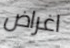
اغراض